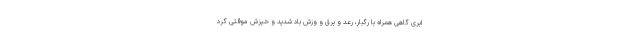
ابری گاهی همراه با رگبار، رعد و برق و وزش باد شدید و خیزش موقتی گرد